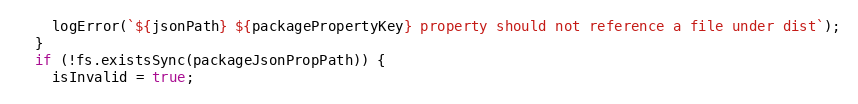
Language: JavaScript
    logError(`${jsonPath} ${packagePropertyKey} property should not reference a file under dist`);
  }
  if (!fs.existsSync(packageJsonPropPath)) {
    isInvalid = true;